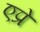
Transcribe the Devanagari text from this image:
एप्रे